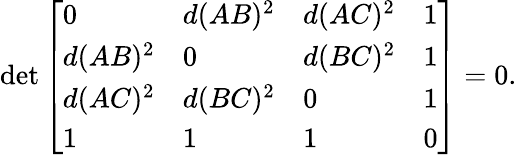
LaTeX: \operatorname*{det}{\left[\begin{array}{llll}{0}&{d(AB)^{2}}&{d(AC)^{2}}&{1}\\ {d(AB)^{2}}&{0}&{d(BC)^{2}}&{1}\\ {d(AC)^{2}}&{d(BC)^{2}}&{0}&{1}\\ {1}&{1}&{1}&{0}\end{array}\right]}=0.